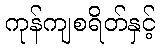
ကုန်ကျစရိတ်နှင့်